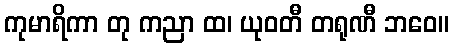
ကုမာရိကာ တု ကညာ ထ၊ ယုဝတီ တရုဏီ ဘဝေ။